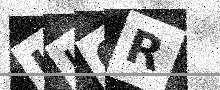
Text: HU0R